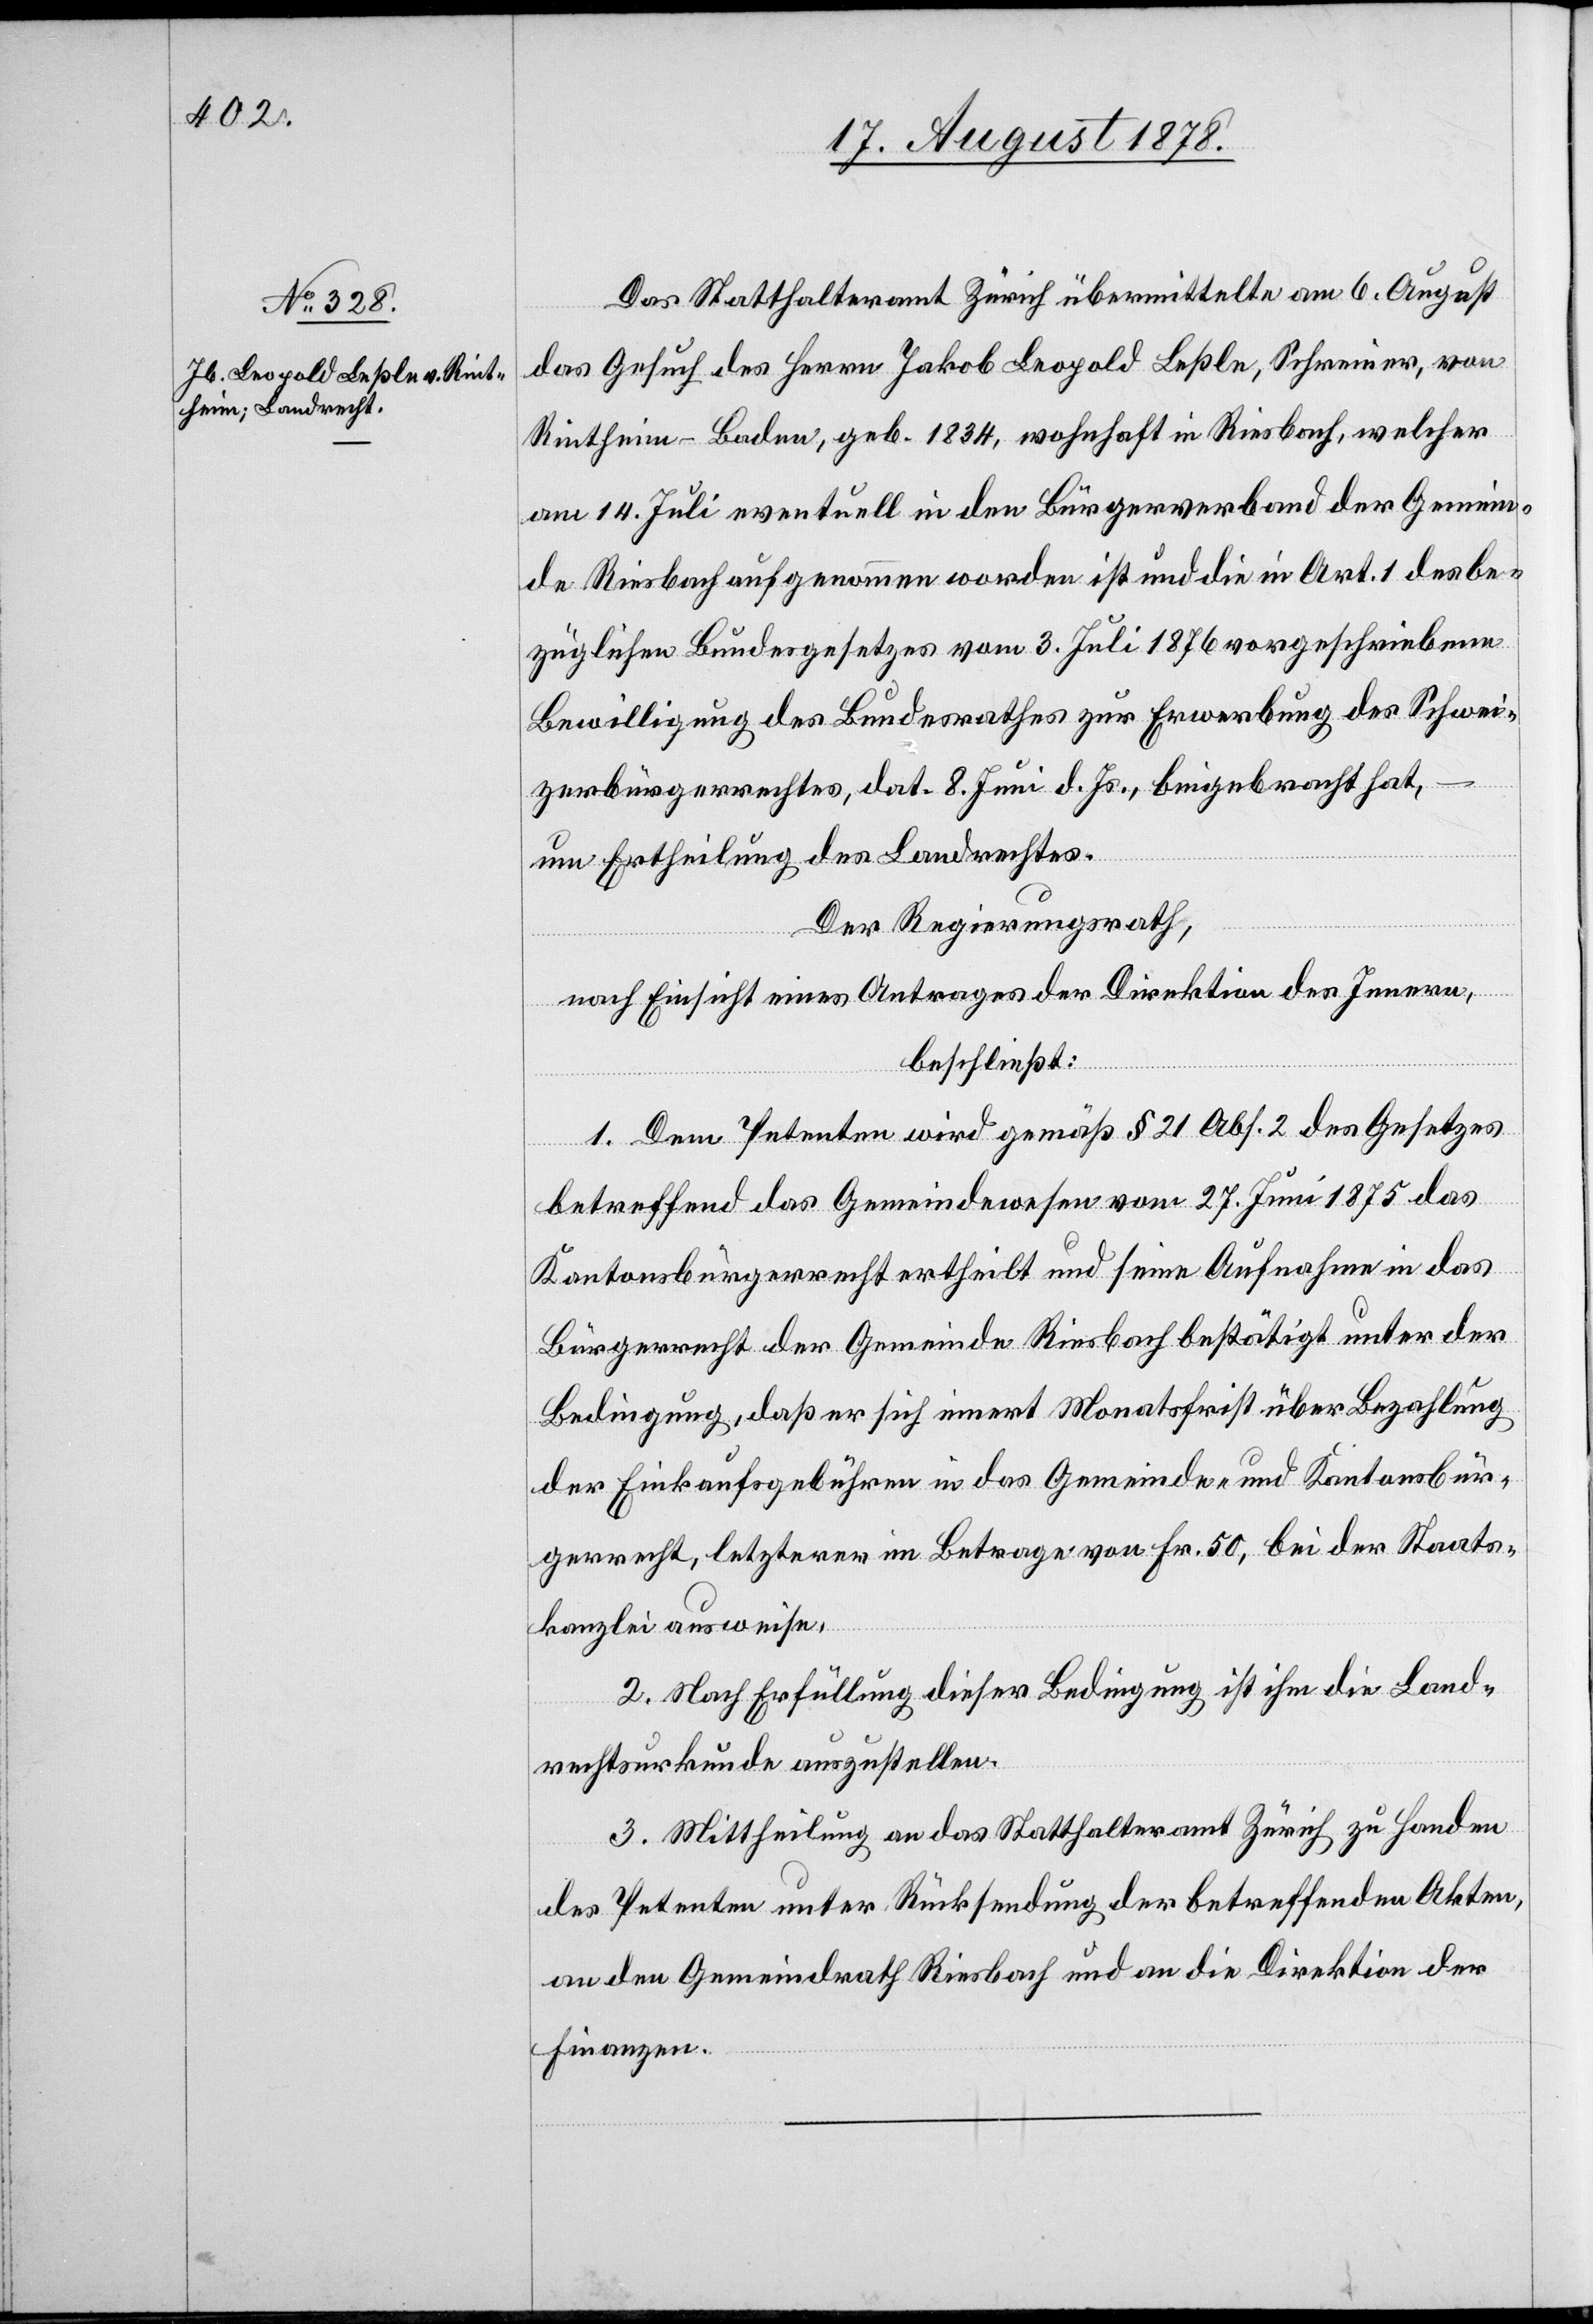
Das Statthalteramt Zürich übermittelte am 6. August
das Gesuch des Herrn Jakob Leopold Leßle, Schreiner, von
Rietheim - Baden, geb. 1834, wohnhaft in Riesbach, welcher
am 14. Juli eventuell in den Bürgerverband der Gemein¬
de Riesbach aufgenommen worden ist und die in Art. 1 des be¬
züglichen Bundesgesetzes vom 3. Juli 1876 vorgeschriebene
Bewilligung des Bundesrathes zur Erwerbung des Schwei¬
zerbürgerrechts, dat. 8. Juni d. Js. beigebracht hat,
das
um Ertheilung des Landrechtes.
Der Regierungsrath,
nach Einsicht eines Antrages der Direktion des Innern,
beschließt:
dewesen
1. Dem Petenten wird gemäß § 21 Abs. 2 des Gesetzes
Kantonsbürgerrecht ertheilt und seine Aufnahme in das
Bürgerrecht der Gemeinde Riesbach bestätigt unter der
Bedingung, daß er sich innert Monatsfrist über Bezahlung
der Einkaufsgebühren in das Gemeinde- & Kantonsbür¬
gerrecht, letzterer im Betrage von Fr. 50, bei der Staats¬
kanzlei ausweise.
2. Nach Erfüllung dieser Bedingung ist ihm die Land¬
rechtsurkunde auszustellen.
3. Mittheilung an das Statthalteramt Zürich zu Handen
des Petenten unter Rücksendung der betreffenden Akten,
an den Gemeindrath Riesbach und an die Direktion der
Finanzen.